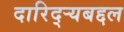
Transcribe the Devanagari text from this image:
दारिद्‌र्‍यबद्दल